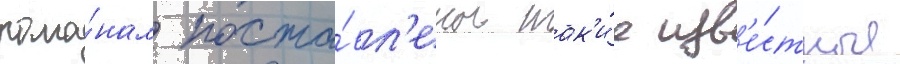
рома́нам поста́вл'ены так'и́е изв'е́стные